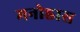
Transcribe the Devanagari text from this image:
मनोह्रास